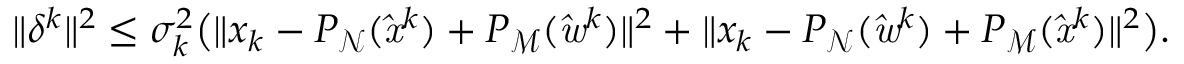
\| \delta ^ { k } \| ^ { 2 } \leq \sigma _ { k } ^ { 2 } \big ( \| x _ { k } - P _ { \mathrm { \mathcal { N } } } ( \mathit { \hat { x } } ^ { k } ) + P _ { \mathrm { \mathcal { M } } } ( \mathit { \hat { w } } ^ { k } ) \| ^ { 2 } + \| x _ { k } - P _ { \mathrm { \mathcal { N } } } ( \mathit { \hat { w } } ^ { k } ) + P _ { \mathrm { \mathcal { M } } } ( \mathit { \hat { x } } ^ { k } ) \| ^ { 2 } \big ) .